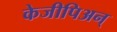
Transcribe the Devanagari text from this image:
केजीपिअन्